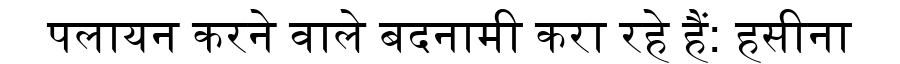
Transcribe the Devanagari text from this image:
पलायन करने वाले बदनामी करा रहे हैं: हसीना